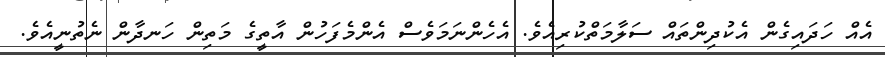
އެއް ހަދައިގެން އެކުދިންތައް ސަލާމަތްކުރިއެވެ. އެހެންނަމަވެސް އެންމެފަހުން އާތީގެ މަތިން ހަނދާން ނެތުނީއެވެ.